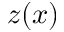
z ( x )